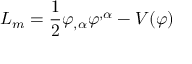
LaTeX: L _ { m } = \frac { 1 } { 2 } \varphi _ { , \alpha } \varphi ^ { , \alpha } - V ( \varphi )